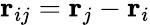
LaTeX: \mathbf{r}_{ij}=\mathbf{r}_{j}-\mathbf{r}_{i}